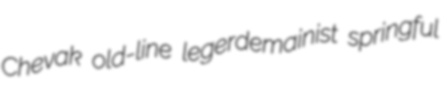
Chevak old-line legerdemainist springful